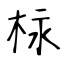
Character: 柡